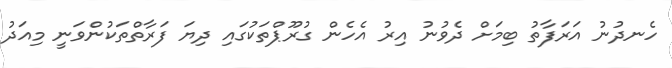
ހެނދުނު އަރަފާތު ބިމަށް ދެވުނު އިރު އެހެން ގުރޫޕްތަކުގައި ދިޔަ ފަރާތްތަކުންވަނީ މިއަދު